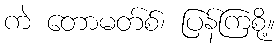
ကဲ တောမတ်စ်၊ ပြန်ကြစို့။